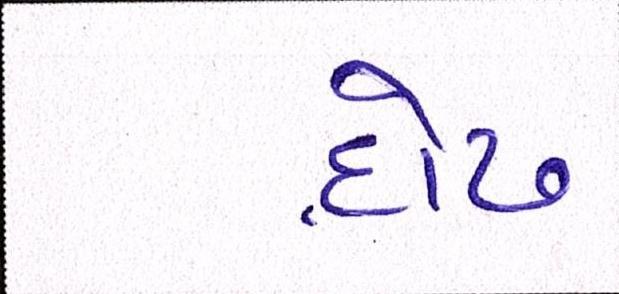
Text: દોઢ